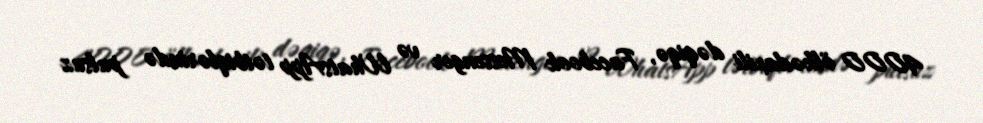
4000 ölkədaxili dəqiqə, Facebook Messenger və WhatsApp tətbiqlərində pulsuz